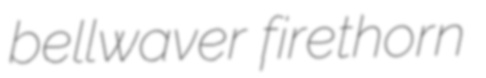
bellwaver firethorn